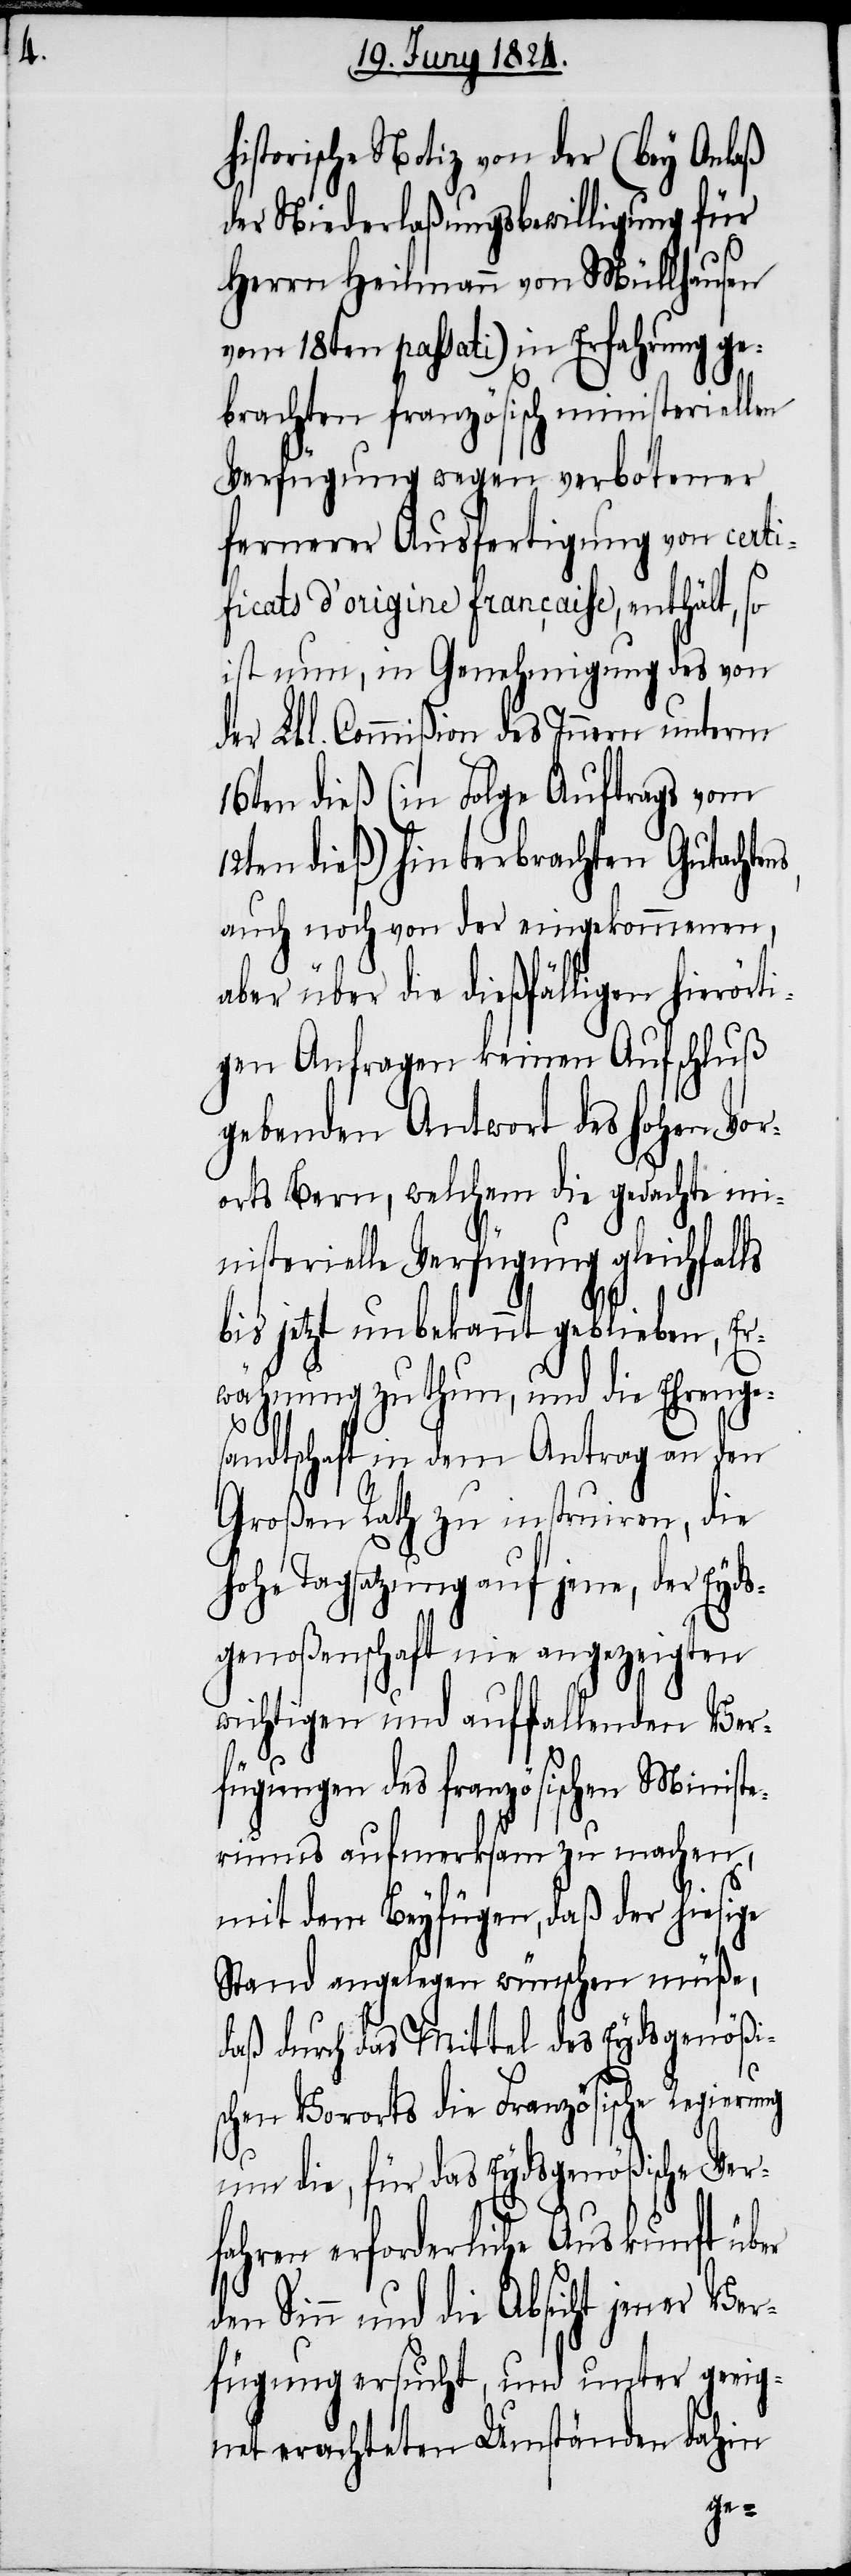
istorische Notiz von der (bey Anlaß
der Niederlaßungsbewilligung für
Herrn Heilmann von Müllhausen
vom 18ten passati) in Erfahrung ge¬
brachten französischen ministeriellen
Verfügung wegen verbotener
fernerer Ausfertigung von certi¬
ficats d’origine française, enthält, so
ist nun, in Genehmigung des von
der Lbl. Commißion des Innern unterm
16ten dieß (in Folge Auftrags vom
12ten dieß) hinterbrachten Gutachte¬
auch noch von der eingekommenen,
aber über die dießfälligen hierört¬
igen Anfragen keinen Aufschluß
gebenden Antwort des hohen Vor¬
orts Bern, welchem die gedachte min¬
isterielle Verfügung gleichfal¬
bis jetzt unbekannt geblieben, Er¬
wähnung zu thun, und die Ehrenge¬
sandtschaft in dem Antrag an den
Großen Rath zu instruiren, die
hohe Tagsatzung auf jene, der Eyds¬
genoßenschaft nie angezeigten
wichtigen und auffallenden Ver¬
fügungen des französischen Minist¬
eriums aufmerksam zu machen,
mit dem Beyfügen, daß der hiesige
Stand angelegen wünschen müße
daß durch das Mittel des Eydsgenößi¬
schen Vororts die Französische Regierung
um die, für das Eydsgenößische Ver¬
fahren erforderliche Auskunft über
ls
den Sinn und die Absicht jener Ver¬
fügung ersucht, und unter geeig¬
net erachteten Umständen dahin